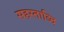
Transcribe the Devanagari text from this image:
सहस्ताब्दि